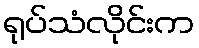
ရုပ်သံလိုင်းက